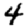
Digit: 4